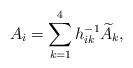
LaTeX: \begin{align*}A_i = \sum_{k=1}^4 h^{-1}_{ik} \widetilde{A}_k,\end{align*}